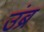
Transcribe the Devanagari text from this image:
उंब्र